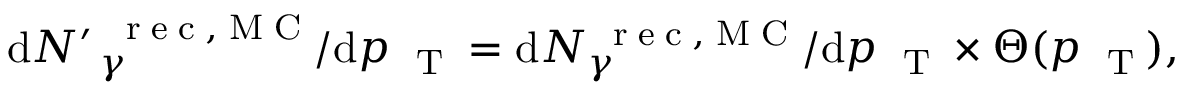
\mathrm { d } N { ^ { \prime \, } } _ { \gamma } ^ { \mathrm { ~ \tiny ~ r ~ e ~ c ~ , ~ M ~ C ~ } } / \mathrm { d } p _ { \mathrm { ~ \tiny ~ T ~ } } = \mathrm { d } N _ { \gamma } ^ { \mathrm { ~ \tiny ~ r ~ e ~ c ~ , ~ M ~ C ~ } } / \mathrm { d } p _ { \mathrm { ~ \tiny ~ T ~ } } \times \Theta ( p _ { \mathrm { ~ \tiny ~ T ~ } } ) ,